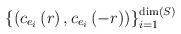
LaTeX: \begin{align*}\left\{ \left( c_{e_{i}}\left( r\right) ,c_{e_{i}}\left( -r\right)\right) \right\} _{i=1}^{\mathrm{\dim }\left( S\right) }\end{align*}